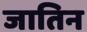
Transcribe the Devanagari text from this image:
जातिन